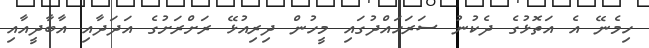
ހިމެނޭ އެ އަތޮޅުގެ ދެކުނު ސަރަހައްދުގައި މީހުން ދިރިއުޅޭ ރަށްރަށުގެ އަދަދާއި އާބާދީއާއި